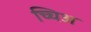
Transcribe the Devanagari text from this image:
च्चिअ